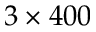
3 \times 4 0 0